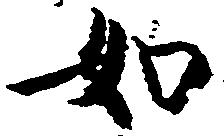
如